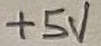
Text: +5V